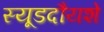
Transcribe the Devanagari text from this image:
स्यूडदौयशे